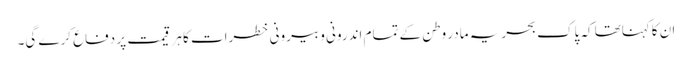
ان کاکہناتھا کہ پاک بحریہ مادر وطن کے تمام اندرونی و بیرونی خطرات کا ہر قیمت پر دفاع کرے گی۔